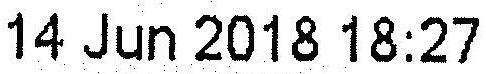
14 JUN 2018 18:27